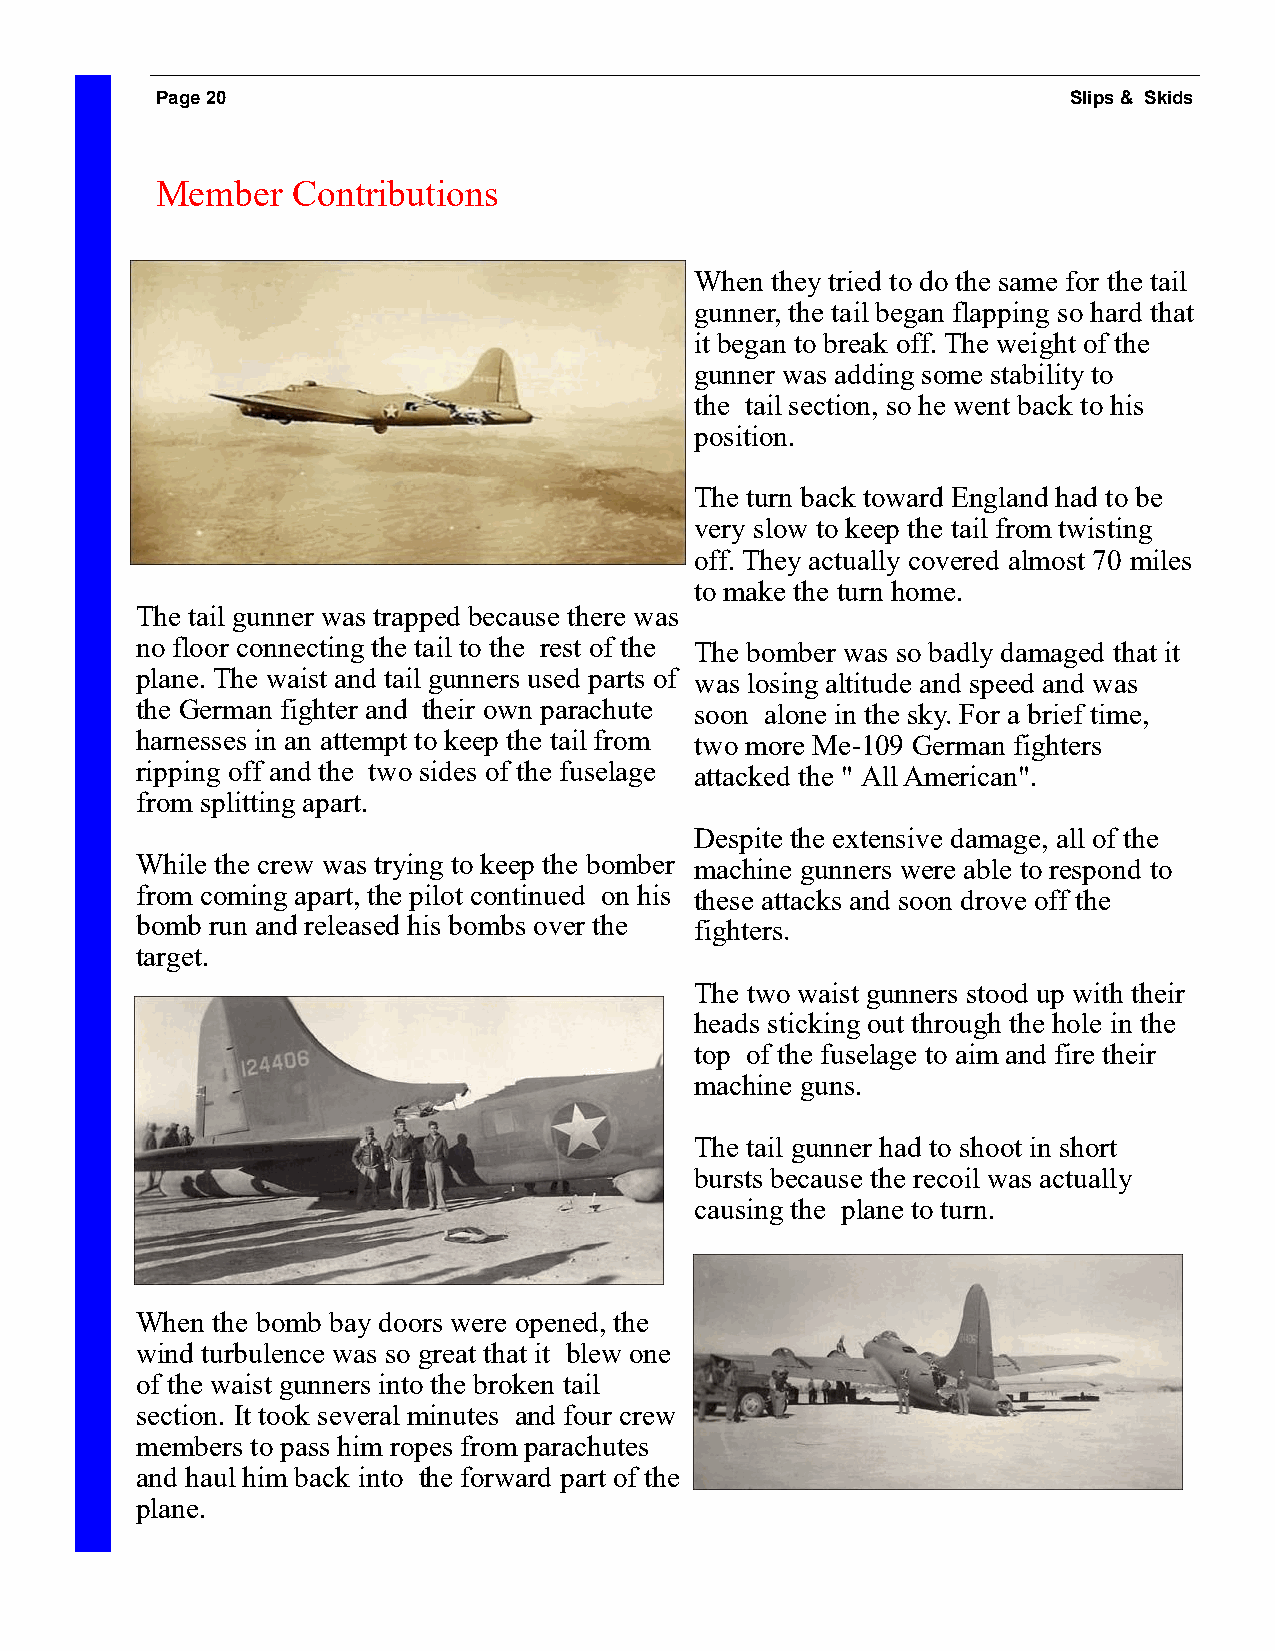
Page 20                                                      Slips & Skids
 Member   Contributions
 When they tried to do the same for the tail
 gunner, the tail began flapping so hard that
 it began to break off. The weight of the
 gunner was adding some stability to
 the tail section, so he went back to his
 position.
 The turn back toward England had to be
 very slow to keep the tail from twisting
 off. They actually covered almost 70 miles
 to make the turn home.
 The tail gunner was trapped because there was
 no floor connecting the tail to the rest of the The bomber was so badly damaged that it
 plane. The waist and tail gunners used parts of was losing altitude and speed and was
 the German fighter and their own parachute soon alone in the sky. For a brief time,
 harnesses in an attempt to keep the tail from two more Me-109 German fighters
 ripping off and the two sides of the fuselage attacked the " All American".
 from splitting apart.
 Despite the extensive damage, all of the
 While the crew was trying to keep the bomber machine gunners were able to respond to
 from coming apart, the pilot continued on his these attacks and soon drove off the
 bomb run and released his bombs over the fighters.
 target.
 The two waist gunners stood up with their
 heads sticking out through the hole in the
 top of the fuselage to aim and fire their
 machine guns.
 The tail gunner had to shoot in short
 bursts because the recoil was actually
 causing the plane to turn.
 When the bomb bay doors were opened, the
 wind turbulence was so great that it blew one
 of the waist gunners into the broken tail
 section. It took several minutes and four crew
 members to pass him ropes from parachutes
 and haul him back into the forward part of the
 plane.